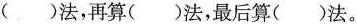
()法，再算()法，最后算()法。